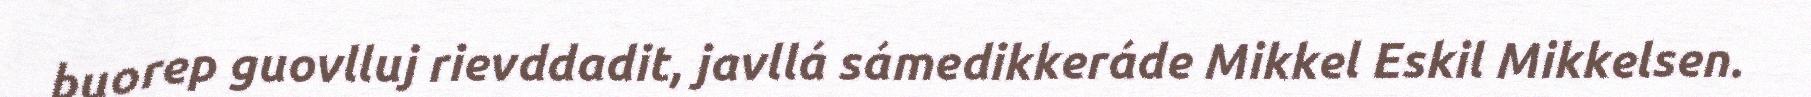
buorep guovlluj rievddadit, javllá sámedikkeráde Mikkel Eskil Mikkelsen.